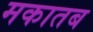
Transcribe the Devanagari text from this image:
मकातब